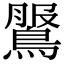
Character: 𪂖